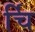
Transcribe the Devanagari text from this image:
र्चि